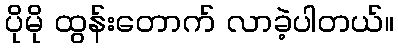
ပိုမို ထွန်းတောက် လာခဲ့ပါတယ်။